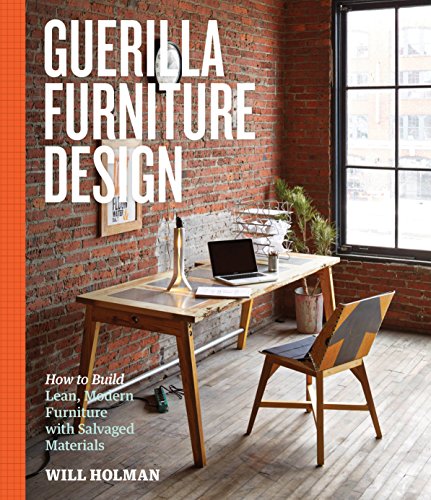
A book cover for Guerilla Furniture Design: How to Build Lean, Modern Furniture with Salvaged Materials; Will Holman; Crafts, Hobbies & Home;